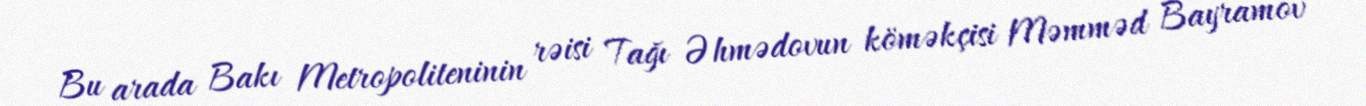
Bu arada Bakı Metropoliteninin rəisi Tağı Əhmədovun köməkçisi Məmməd Bayramov